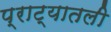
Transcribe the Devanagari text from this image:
प्राट्यातली